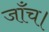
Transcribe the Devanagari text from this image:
जाँच।